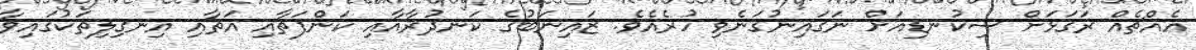
އެއްޗެއް ރަގަޅަށް ސިކުނޑިއަށް ނަގައިނުގަނެވި ހުރެއެވެ. ޒައިނަބުގެ ކަނދުރާއާއި ކަންފަތާއި އަތާއި އިނގިލިތަކުގައިވާ